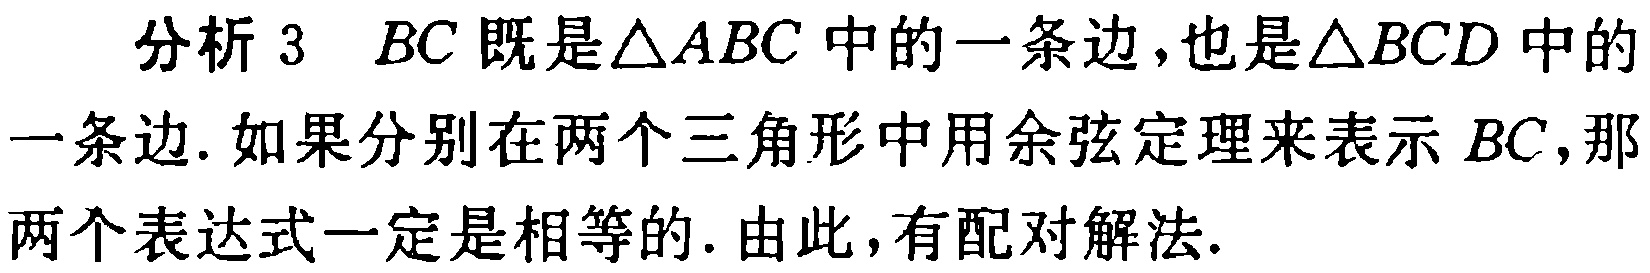
分析 3 \(BC\) 既是\(\triangle ABC\) 中的一条边，也是\(\triangle BCD\) 中的一条边. 如果分别在两个三角形中用余弦定理来表示 \(BC\)，那两个表达式一定是相等的. 由此，有配对解法.